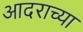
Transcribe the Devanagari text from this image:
आदराच्या